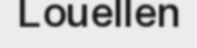
Louellen